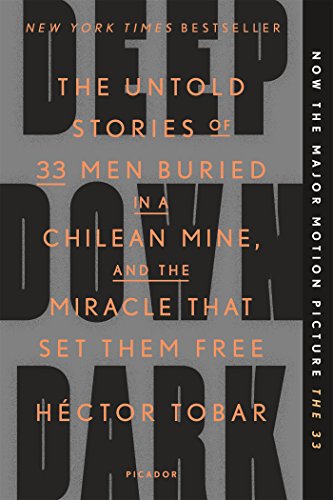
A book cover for Deep Down Dark: The Untold Stories of 33 Men Buried in a Chilean Mine, and the Miracle That Set Them Free; HÃ©ctor Tobar; Engineering & Transportation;